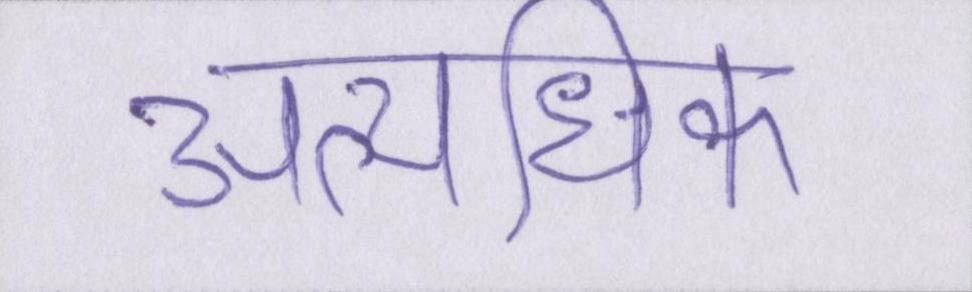
अत्यधिक